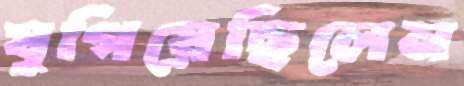
যুগিয়েছিলেন